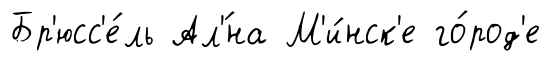
Бр'юсс'е́ль Ал'́на М'и́нск'е го́род'е